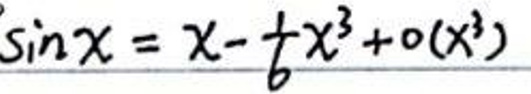
\(\sin x = x - \frac{1}{6}x^{3}+o(x^{3})\)